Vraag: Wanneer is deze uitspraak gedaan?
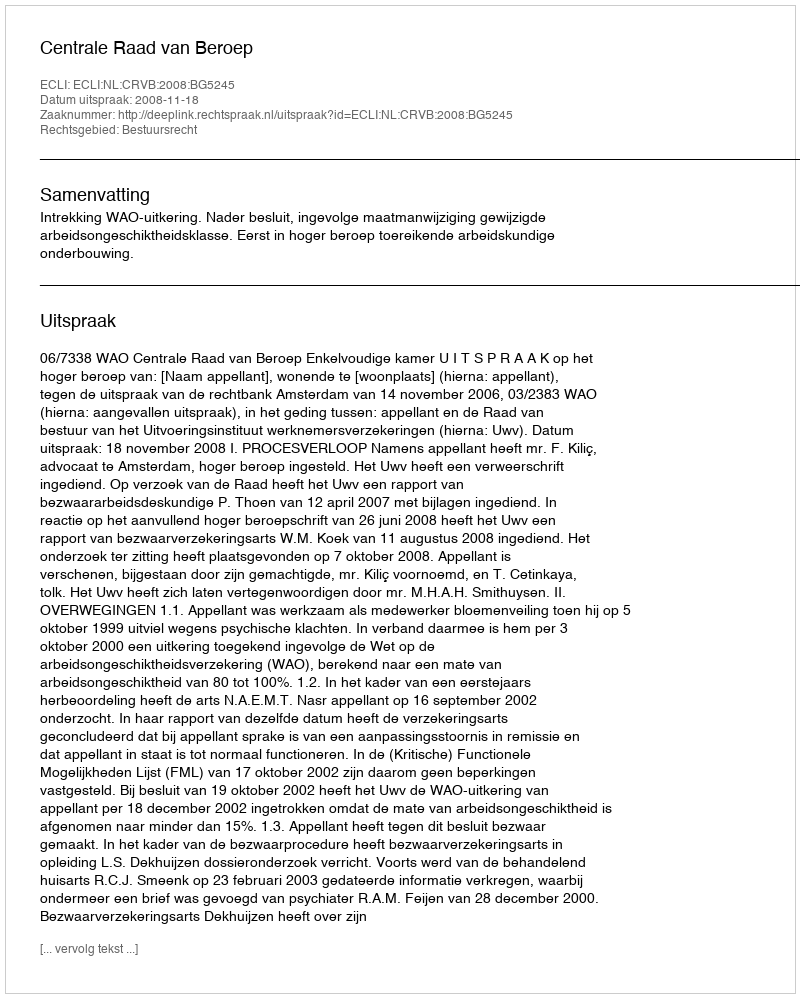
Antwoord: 2008-11-18